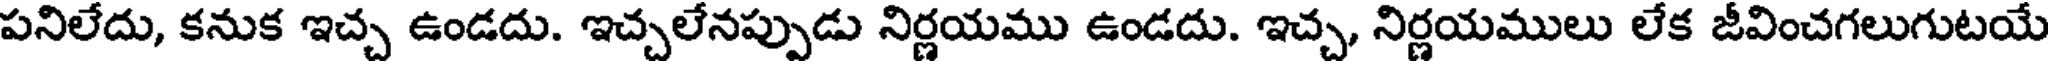
పనిలేదు, కనుక ఇచ్చ ఉండదు. ఇచ్చలేనప్పుడు నిర్ణయము ఉండదు. ఇచ్చ, నిర్ణయములు లేక జీవించగలుగుటయే